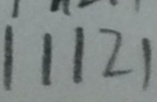
1 1 1 2 1